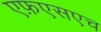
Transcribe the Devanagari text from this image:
एफ़एसएच